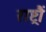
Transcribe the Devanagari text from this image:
राष्ट्रौं